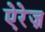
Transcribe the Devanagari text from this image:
ऐरेज़